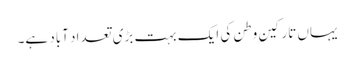
یہاں تارکینِ وطن کی ایک بہت بڑی تعداد آباد ہے۔